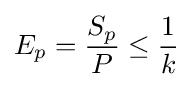
E_{p}={\frac {S_{p}}{P}}\leq {\frac {1}{k}}